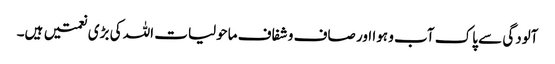
آلودگی سے پاک آب و ہوا اور صاف و شفاف ماحولیات اللہ کی بڑی نعمتیں ہیں۔